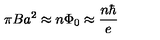
\pi B a ^ { 2 } \approx n \Phi _ { 0 } \approx \frac { n \hbar } { e }